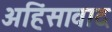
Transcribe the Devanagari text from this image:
अहिंसावाद